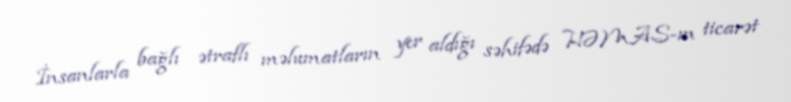
İnsanlarla bağlı ətraflı məlumatların yer aldığı səhifədə HƏMAS-ın ticarət